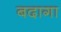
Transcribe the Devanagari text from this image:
बदागा